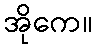
အိုကေ။